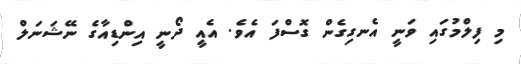
މި ފިލްމުގައި ވަނީ އެނގިގެން ގޮސްފަ އެވެ. އެއީ ދޯނީ އިންޑިއާގެ ނޭޝަނަލް